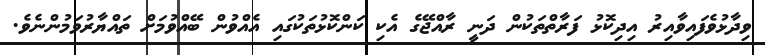
ވިދާޅުވެފައިވާއިރު އިދިކޮޅު ފަރާތްތަކުން ދަނީ ރާއްޖޭގެ އެކި ކަންކޮޅުތަކުގައި އެއްވުން ބޭއްވުމަށް ތައްޔާރުވަމުންނެވެ.